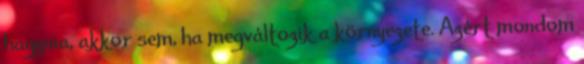
hagynia, akkor sem, ha megváltozik a környezete. Azért mondom